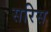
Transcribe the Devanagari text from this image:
सरिस